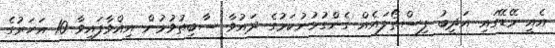
އެއީ މޭޑޭގައި އަދީބު ފިސްތޯލައެއް ގެންގުޅުނުކަމުގެ ދައުވާ ސާބިތުވުމުން އިއްވާފައިވާ 10 އަހަރުގެ